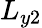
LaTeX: L_{y2}